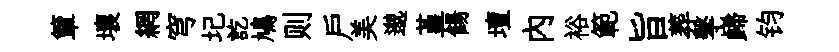
簞壤網穹圮訖鳩则戶美邈堇餳壇內裕範旨葬擊巋钧